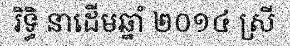
រិទ្ធិ នាដើមឆ្នាំ ២០១៤ ស្រី